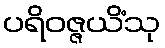
ပရိဝဇ္ဇယိံသု